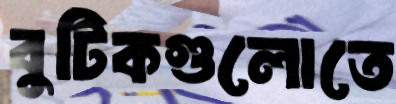
বুটিকগুলোতে